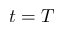
t = T